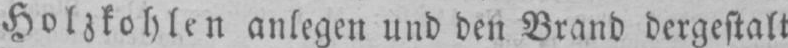
Holzkohlen anlegen und den Brand dergestalt